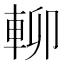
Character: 𨋖